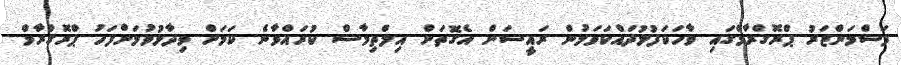
ފަސްމަންޒަރު ޕްރޮގްރާމްގައި ވާހަކަފުޅުދައްކަވަމުން ރައީސަށް އެގޮތަށް އިލްތިމާސް ކުރައްވާނެ ކަމަށް ވިދާޅުވުމަށްފަހު ޕްރޮގްރާމް